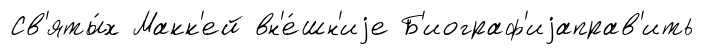
Св'яты́х Макк'ей вн'е́шн'иjе Б'иограф'иjаправ'ить